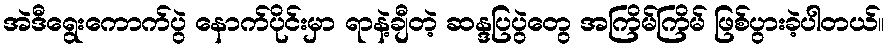
အဲဒီရွေးကောက်ပွဲ နောက်ပိုင်းမှာ ရာနဲ့ချီတဲ့ ဆန္ဒပြပွဲတွေ အကြိမ်ကြိမ် ဖြစ်ပွားခဲ့ပါတယ်။